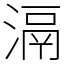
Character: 滆